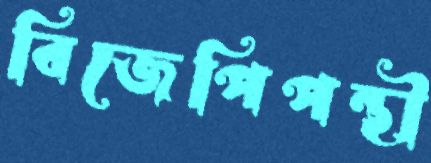
বিজেপিপন্থী